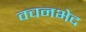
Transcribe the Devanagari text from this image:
वचनभेद